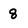
Character: 8